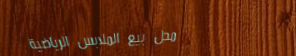
محل بيع الملابس الرياضية